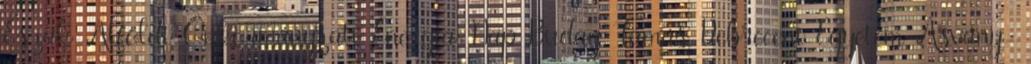
Észak-Alföldi Önkormányzati Energia Nap Buday Tamás Debreceni Egyetem Ásvány-